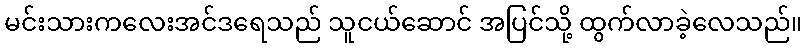
မင်းသားကလေးအင်ဒရေသည် သူငယ်ဆောင် အပြင်သို့ ထွက်လာခဲ့လေသည်။